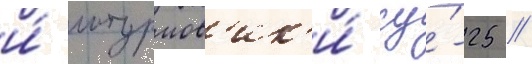
и́ штурмов'ик'и́ су́-25 //